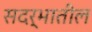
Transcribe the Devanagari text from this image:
सदर्भातील